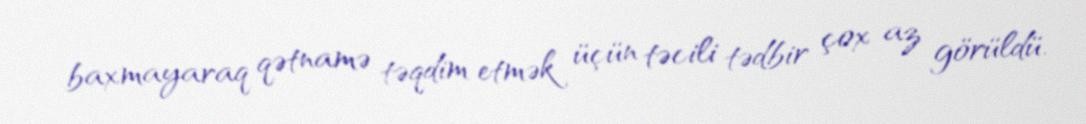
baxmayaraq qətnamə təqdim etmək üçün təcili tədbir çox az görüldü.